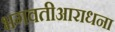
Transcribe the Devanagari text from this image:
भगवतीआराधना